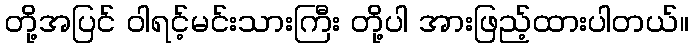
တို့အပြင် ဝါရင့်မင်းသားကြီး တို့ပါ အားဖြည့်ထားပါတယ်။